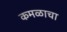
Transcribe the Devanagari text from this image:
कमळाचा